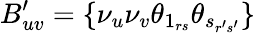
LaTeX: B_{uv}^{\prime}=\{ \nu_{u}\nu_{v}\theta_{1_{rs}}\theta_{s_{r^{\prime}s^{\prime}}}\}